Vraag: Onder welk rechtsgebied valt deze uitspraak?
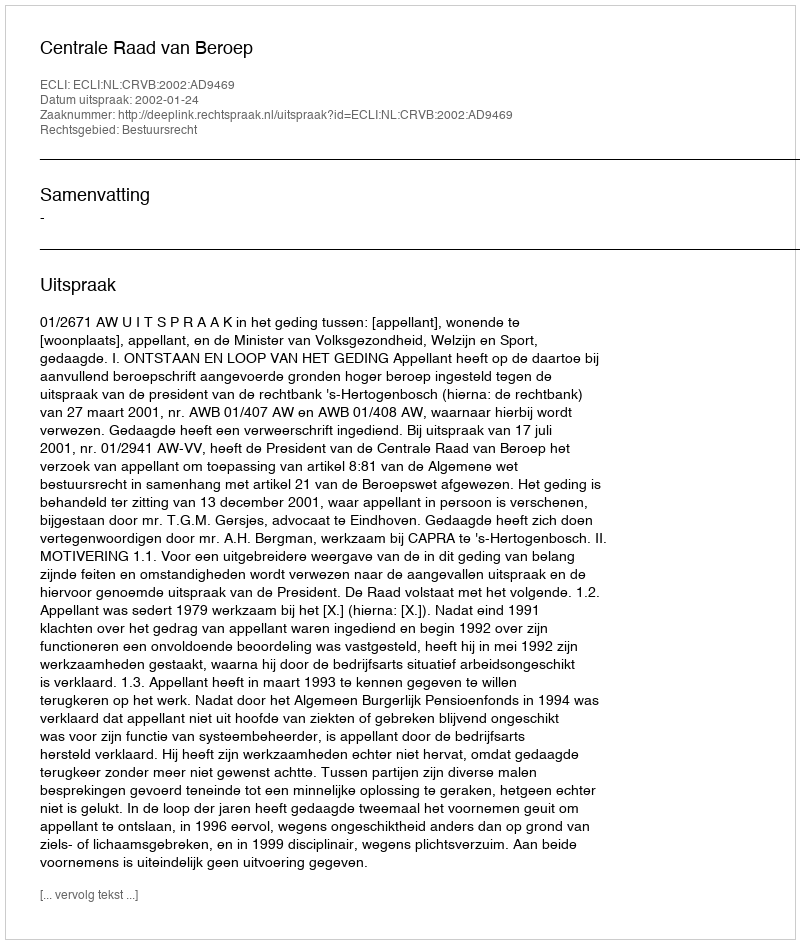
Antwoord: Bestuursrecht